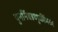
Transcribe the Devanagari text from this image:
पुनर्निवडणुकींमध्ये